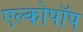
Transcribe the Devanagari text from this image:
एल्कोपॉप